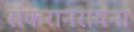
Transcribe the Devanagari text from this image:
संकरानरायना